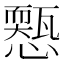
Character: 𢣓